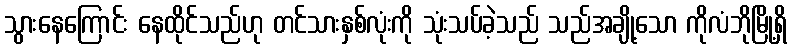
သွားနေကြောင်း နေထိုင်သည်ဟု တင်သားနှစ်လုံးကို သုံးသပ်ခဲ့သည် သည်အချို့သော ကိုလံဘိုမြို့ရှိ